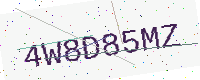
Text: 4W8D85MZ